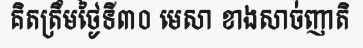
គិតត្រឹមថ្ងៃទី៣០ មេសា ខាងសាច់ញាតិ